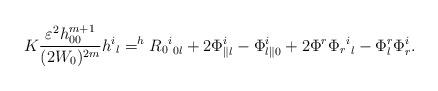
LaTeX: \begin{align*}K\dfrac{\varepsilon^2h_{00}^{m+1}}{(2W_0)^{2m}}{h^i}_l = ^{h}{{{R_0}^i}_{0l}} + 2\Phi^i_{\parallel l} - \Phi^i_{l \parallel 0} + 2\Phi^r {{\Phi_r}^i}_l - \Phi^r_l\Phi^i_r.\end{align*}